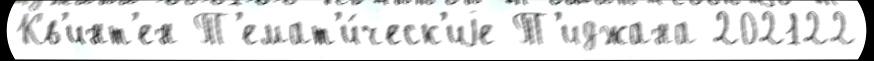
Кв'инт'ен Т'емат'и́ческ'иjе Т'иджана 202122